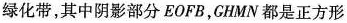
绿化带，其中阴影部分EOFB，GHMN都是正方形